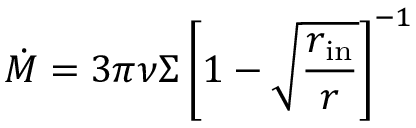
{ \dot { M } } = 3 \pi \nu \Sigma \left[ 1 - { \sqrt { \frac { r _ { \mathrm { i n } } } { r } } } \right] ^ { - 1 }